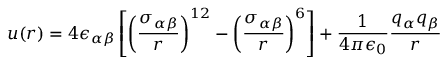
u ( r ) = 4 \epsilon _ { \alpha \beta } \left[ \left( \frac { \sigma _ { \alpha \beta } } { r } \right) ^ { 1 2 } - \left( \frac { \sigma _ { \alpha \beta } } { r } \right) ^ { 6 } \right] + \frac { 1 } { 4 \pi \epsilon _ { 0 } } \frac { q _ { \alpha } q _ { \beta } } { r }